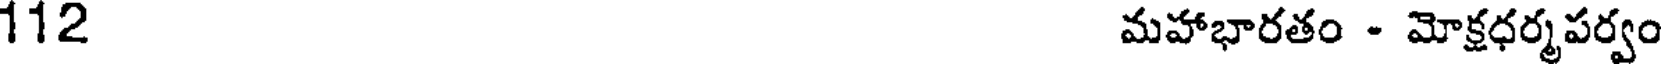
112 మహాభారతం - మోక్షధర్మపర్వం